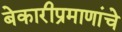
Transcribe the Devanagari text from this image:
बेकारीप्रमाणांचे